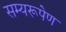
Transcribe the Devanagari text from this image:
सम्यरूपेण